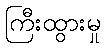
ကြီးထွားမှု